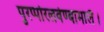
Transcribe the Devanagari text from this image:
पुरप्पोरलवेण्बामालै।